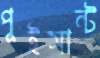
পুইসান্ট